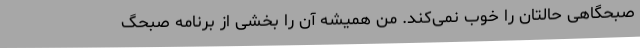
صبحگاهی حالتان را خوب نمی‌کند. من همیشه آن را بخشی از برنامه صبحگ